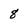
Character: 8